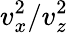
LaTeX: v_{x}^{2}/v_{z}^{2}